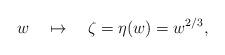
LaTeX: \begin{align*}w\quad \mapsto \quad \zeta=\eta(w)=w^{2/3}, \end{align*}